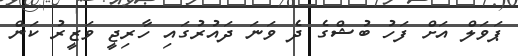
ޕަވަލް އަށް ފަހު ބުޝްގެ ދެ ވަނަ ދައުރުގައި ހާރިޖީ ވަޒީރު ކަން